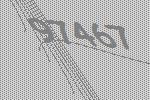
97467